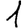
Digit: 1